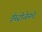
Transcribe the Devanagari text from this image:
ईस्ट्रोजेनचे